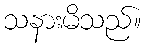
သနားမိသည်။